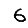
Digit: 6